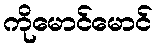
ကိုမောင်မောင်